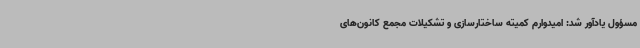
مسؤول یادآور شد: امیدوارم کمیته ساختارسازی و تشکیلات مجمع کانون‌های